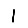
Digit: 1